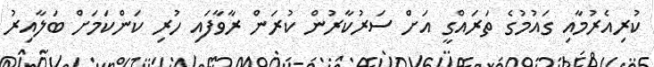
ކުރިއެރުމާއި ގައުމުގެ ތަރައްގީ އަށް ސަރުކާރުން ކުރަން ރާވާފައި ހުރި ކަންކަމަށް ބަލާއިރު